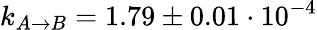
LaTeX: k_{A\rightarrow B}=1.79\pm 0.01\cdot 10^{-4}